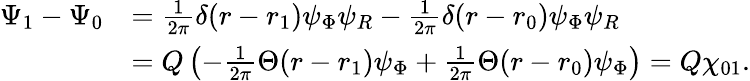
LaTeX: \begin{array}{rl}{\Psi_{1}-\Psi_{0}}&{=\frac{1}{2\pi}\delta(r-r_{1})\psi_{\Phi}\psi_{R}-\frac{1}{2\pi}\delta(r-r_{0})\psi_{\Phi}\psi_{R}}\\ &{=Q\left(-\frac{1}{2\pi}\Theta(r-r_{1})\psi_{\Phi}+\frac{1}{2\pi}\Theta(r-r_{0})\psi_{\Phi}\right)=Q\chi_{01}.}\end{array}